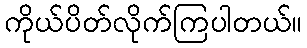
ကိုယ်ပိတ်လိုက်ကြပါတယ်။